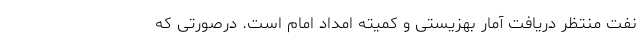
نفت منتظر دریافت آمار بهزیستی و کمیته امداد امام است. درصورتی که